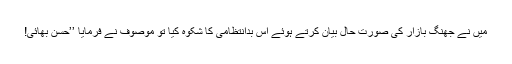
میں نے جھنگ بازار کی صورت حال بیان کرتے ہوئے اس بدانتظامی کا شکوہ کیا تو موصوف نے فرمایا ’’حسن بھائی!